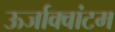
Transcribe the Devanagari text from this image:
ऊर्जाक्वांटम